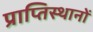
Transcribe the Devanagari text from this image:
प्राप्तिस्थानों